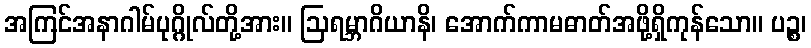
အကြင်အနာဂါမ်ပုဂ္ဂိုလ်တို့အား။ ဩရမ္ဘာဂိယာနိ၊ အောက်ကာမဓာတ်အဖို့ရှိကုန်သော။ ပဉ္စ၊